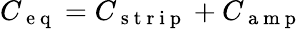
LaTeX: {C_{\mathrm{~e~q~}}=C_{\mathrm{~s~t~r~i~p~}}+C_{\mathrm{~a~m~p~}}}